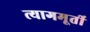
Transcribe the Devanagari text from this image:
त्यागमूर्ती